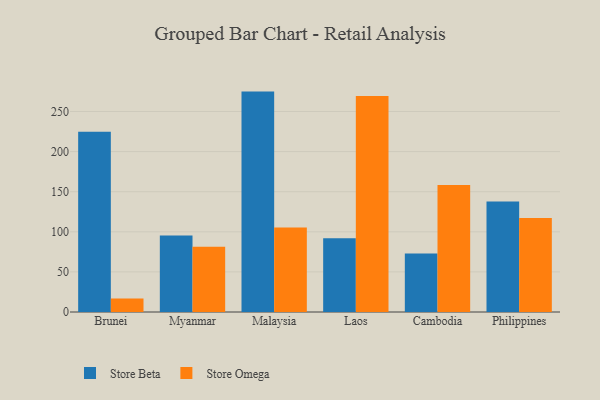
{"axis": {"x": "Country", "y": "Active Users"}, "legend": ["Store Beta", "Store Omega"], "data": [{"x": "Brunei", "y": 224.6, "type": "Store Beta"}, {"x": "Brunei", "y": 16.9, "type": "Store Omega"}, {"x": "Myanmar", "y": 95.4, "type": "Store Beta"}, {"x": "Myanmar", "y": 81.4, "type": "Store Omega"}, {"x": "Malaysia", "y": 274.8, "type": "Store Beta"}, {"x": "Malaysia", "y": 105.4, "type": "Store Omega"}, {"x": "Laos", "y": 91.8, "type": "Store Beta"}, {"x": "Laos", "y": 269.4, "type": "Store Omega"}, {"x": "Cambodia", "y": 72.8, "type": "Store Beta"}, {"x": "Cambodia", "y": 158.4, "type": "Store Omega"}, {"x": "Philippines", "y": 137.9, "type": "Store Beta"}, {"x": "Philippines", "y": 117.1, "type": "Store Omega"}]}